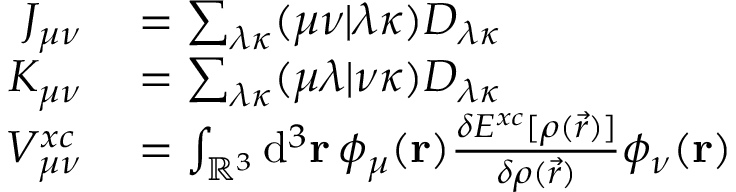
\begin{array} { r l } { J _ { \mu \nu } } & { { } = \sum _ { \lambda \kappa } ( \mu \nu \vert \lambda \kappa ) D _ { \lambda \kappa } } \\ { K _ { \mu \nu } } & { { } = \sum _ { \lambda \kappa } ( \mu \lambda \vert \nu \kappa ) D _ { \lambda \kappa } } \\ { V _ { \mu \nu } ^ { x c } } & { { } = \int _ { \mathbb { R } ^ { 3 } } \mathrm { d } ^ { 3 } \ensuremath \mathbf { r } \, \phi _ { \mu } ( \ensuremath \mathbf { r } ) \frac { \delta E ^ { x c } [ \rho ( \vec { r } ) ] } { \delta \rho ( \vec { r } ) } \phi _ { \nu } ( \ensuremath \mathbf { r } ) } \end{array}